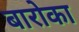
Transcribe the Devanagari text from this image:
बारोका